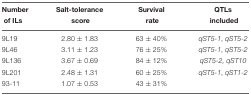
<table><thead><tr><td><b>Number</b></td><td><b>Salt-tolerance</b></td><td><b>Survival</b></td><td><b>QTLs</b></td></tr><tr><td><b>of ILs</b></td><td><b>score</b></td><td><b>rate</b></td><td><b>included</b></td></tr></thead><tbody><tr><td>9L19</td><td>2.80 ± 1.83</td><td>63 ± 40%</td><td><i>qST5-1, qST5-2</i></td></tr><tr><td>9L46</td><td>3.11 ± 1.23</td><td>76 ± 25%</td><td><i>qST5-1, qST5-2</i></td></tr><tr><td>9L136</td><td>3.67 ± 0.69</td><td>84 ± 12%</td><td><i>qST5-2, qST10</i></td></tr><tr><td>9L201</td><td>2.48 ± 1.31</td><td>60 ± 25%</td><td><i>qST5-1, qST1-2</i></td></tr><tr><td>93-11</td><td>1.07 ± 0.53</td><td>43 ± 31%</td><td></td></tr></tbody></table>